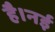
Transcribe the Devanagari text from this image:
है।नई